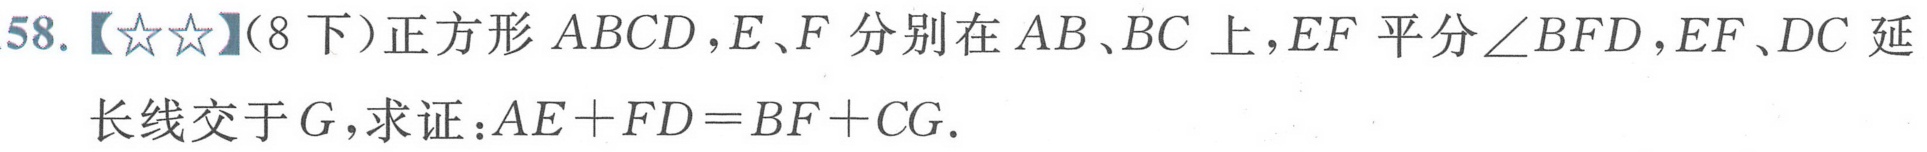
58.【★★】(8 下）正方形 \(ABCD\)，\(E、F\)分别在 \(AB、BC\)上，\(EF\)平分\(\angle BFD\)，\(EF、DC\)延长线交于\(G\)，求证：\(AE + FD=BF + CG\).